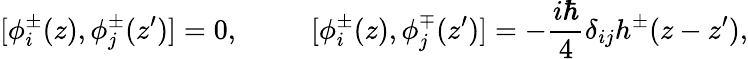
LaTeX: [\phi_{i}^{\pm}(z),\phi_{j}^{\pm}(z^{\prime})]=0,~~~~~~~~~~[\phi_{i}^{\pm}(z),\phi_{j}^{\mp}(z^{\prime})]=-\frac{i\hbar}{4}\delta_{ij}h^{\pm}(z-z^{\prime}),